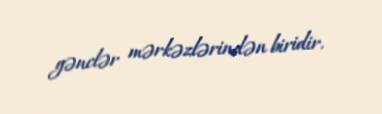
gənclər mərkəzlərindən biridir.